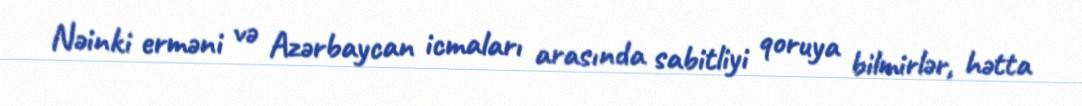
Nəinki erməni və Azərbaycan icmaları arasında sabitliyi qoruya bilmirlər, hətta